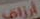
أرزاق